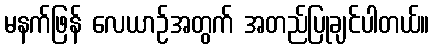
မနက်ဖြန် လေယာဉ်အတွက် အတည်ပြုချင်ပါတယ်။